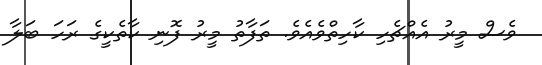
ވެސް މީރު އެއްޗެހި ކާހިތްވެއެވެ. ތަފާތު މީރު ފޮނި ކާތެކީގެ ރަހަ ބަލާ